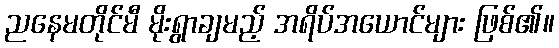
ညနေမတိုင်မီ မိုးရွာချမည့် အရိပ်အယောင်များ ဖြစ်၏။